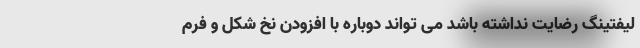
لیفتینگ رضایت نداشته باشد می تواند دوباره با افزودن نخ شکل و فرم